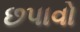
છપાવો